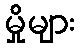
မှိုများ